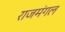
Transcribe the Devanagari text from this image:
राजमंगल